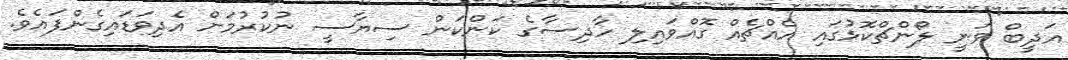
އަދީބް ވަނީ ލޯންޗްކޮޅުގައި އެއްޗެއް ގޮއްވައިލި ހާދިސާގެ ކަންކަން ސިޔާސީ ނުކުރުމަށް އެދިވަޑައިގެންފައެވެ.